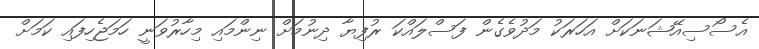
އެސޯސިއޭޝަނަކަށް އަހަރަކު މަދުވެގެން ފަސްލައްކަ ރުފިޔާ ދިނުމަށް ނިންމައި މިހާރުވަނީ ހަމަޖެހިފައި ކަމަށް